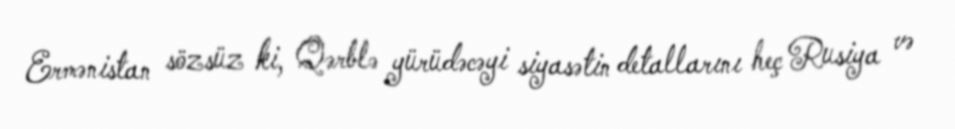
Ermənistan sözsüz ki, Qərblə yürüdəcəyi siyasətin detallarını heç Rusiya və